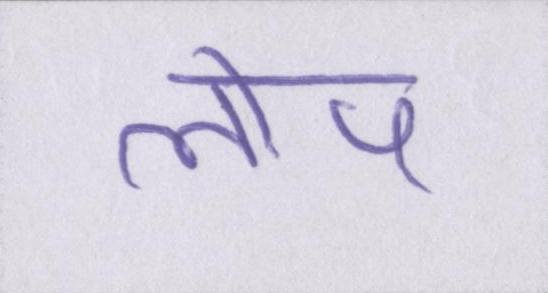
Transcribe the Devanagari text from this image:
लोप